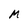
Character: M